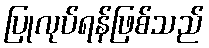
ပြုလုပ်ရန်ဖြစ်သည်